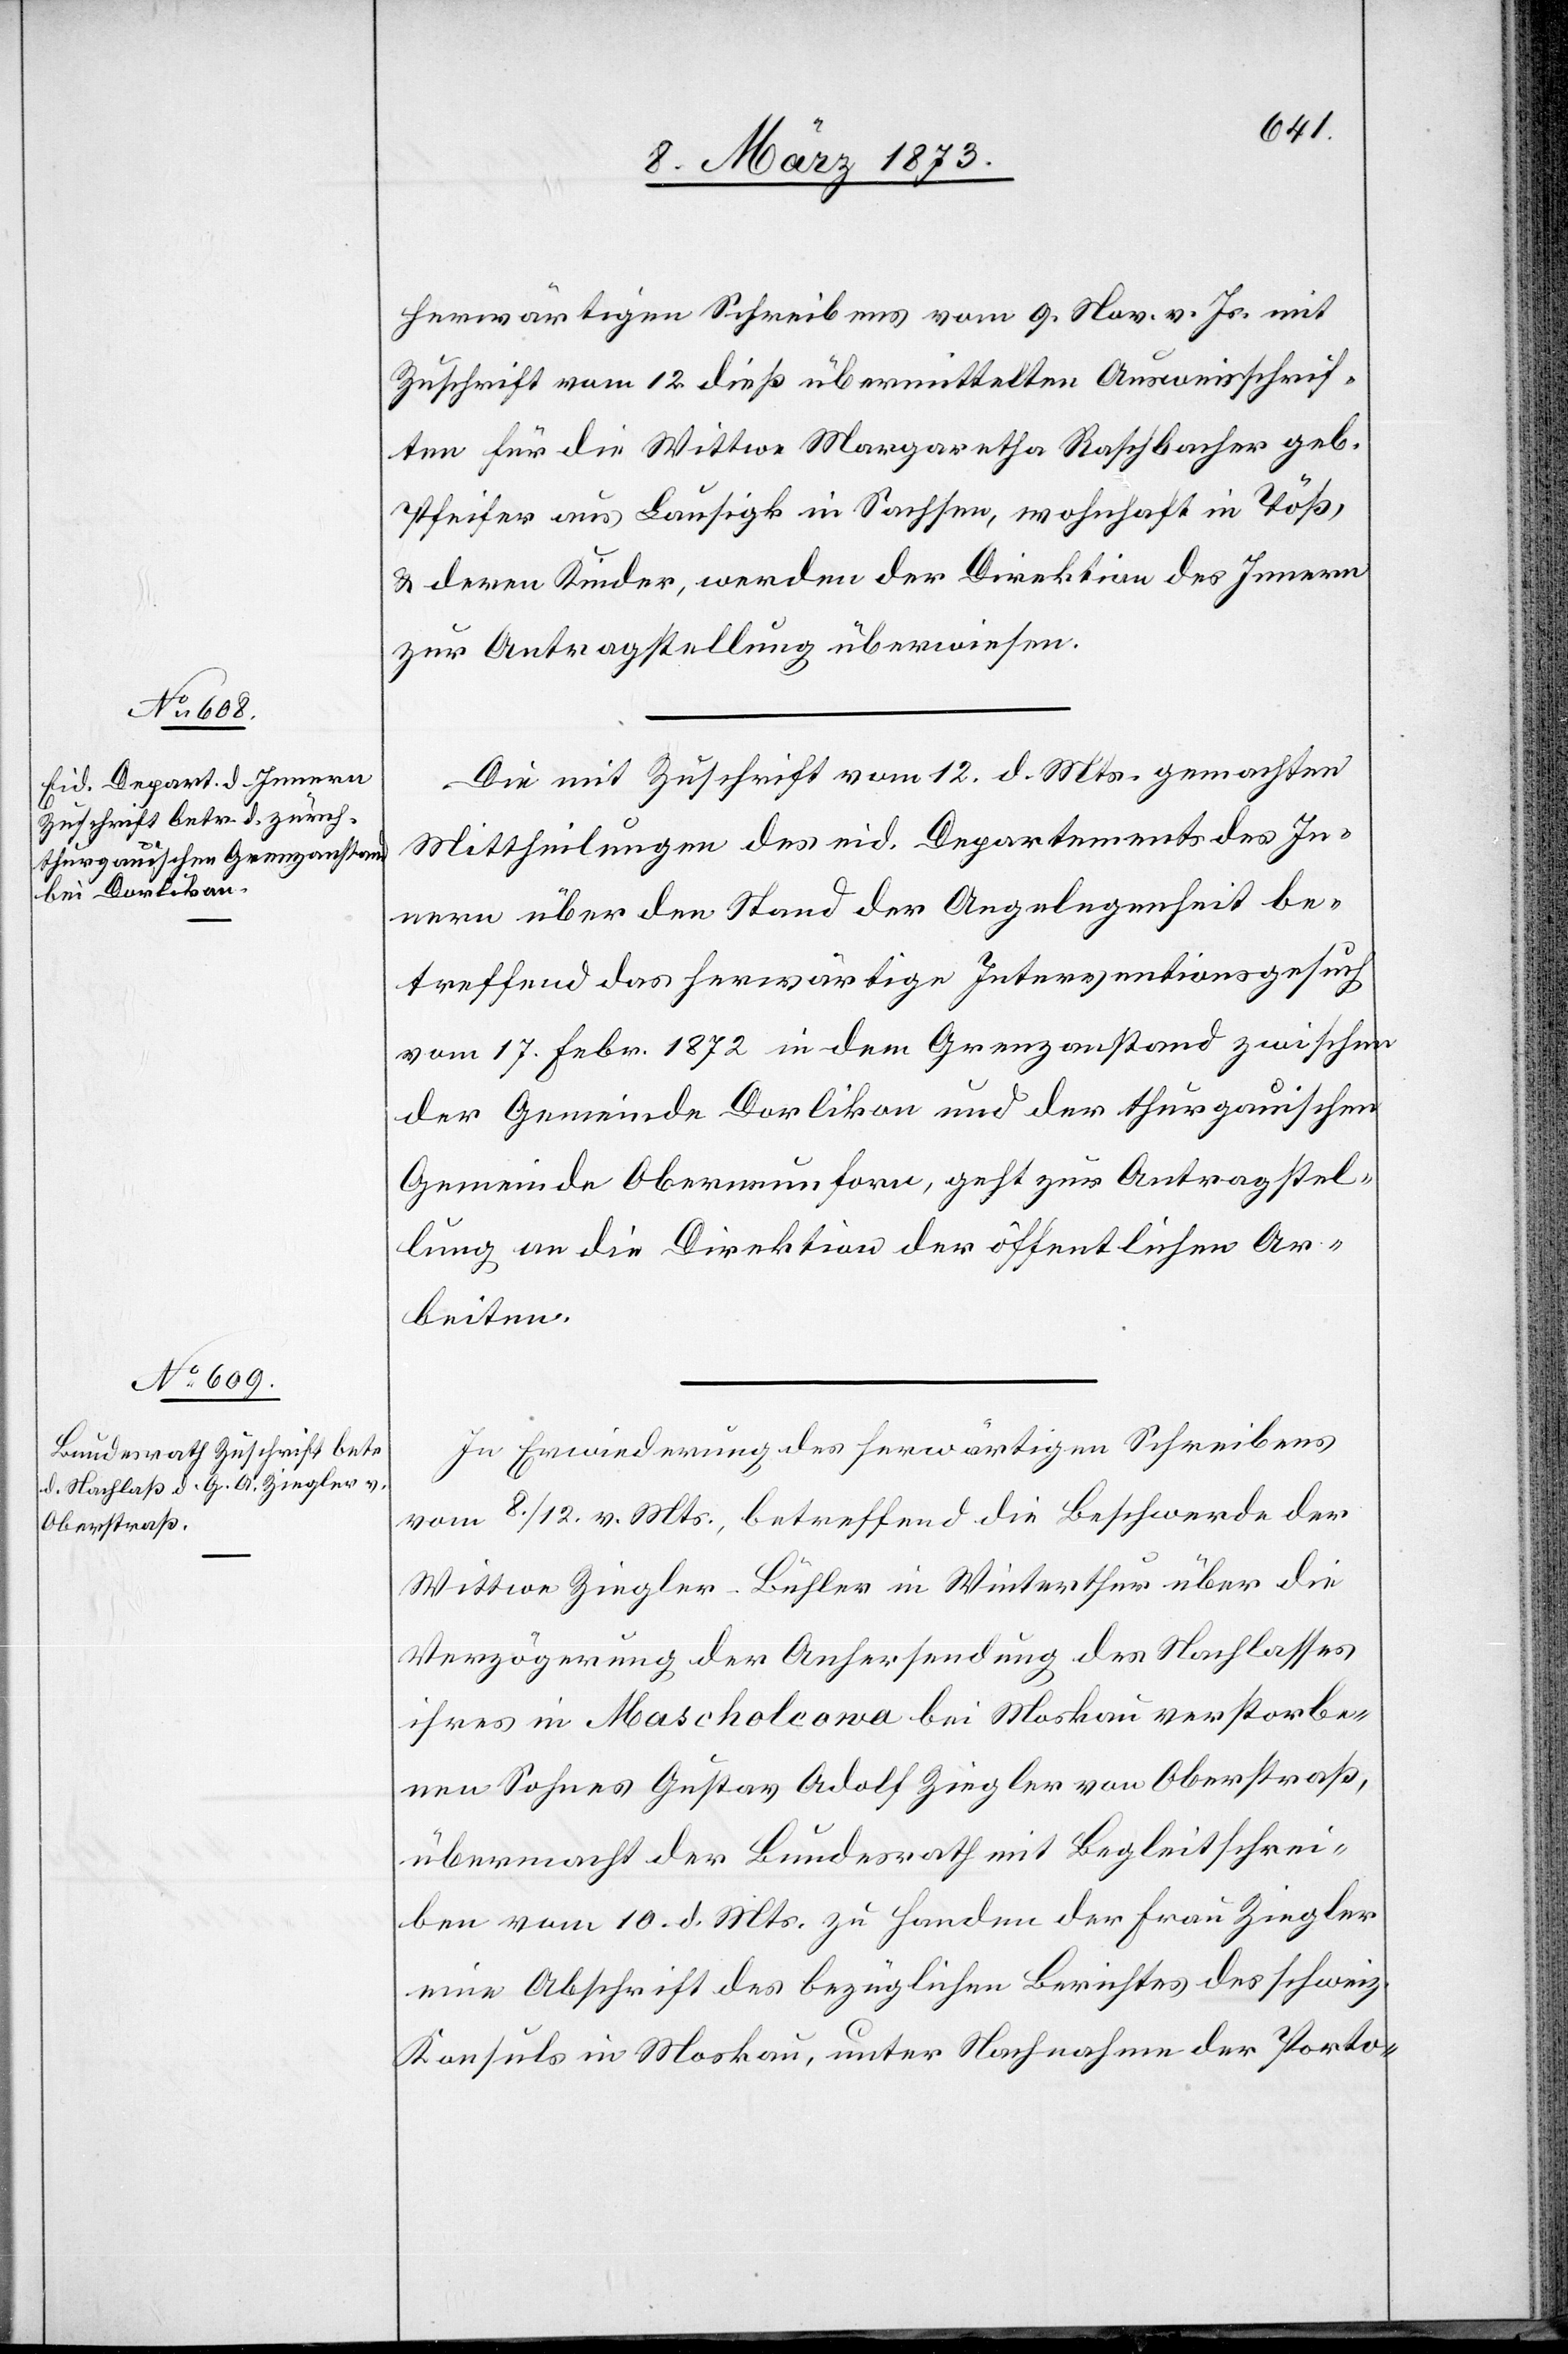
14. März 1873.]
herwärtigen Schreibens vom 9. Nov. v. Js. mit
Zuschrift vom 12. dieß übermittelten Ausweisschrif¬
ten für die Wittwe Margaretha Raschbacher geb.
Pfeifer aus Lausigk in Sachsen, wohnhaft in Töß,
u. deren Kinder, werden der Direktion des Innern
zur Antragstellung überwiesen.
Die mit Zuschrift vom 12. d. Mts. gemachten
Mittheilungen des eid. Departements des In¬
nern über den Stand der Angelegenheit be¬
treffend das herwärtige Interventionsgesuch
vom 17. Febr. 1872 in dem Grenzanstand zwischen
der Gemeinde Dorlikon und der thurgauischen
Gemeinde Oberneunforn, geht zur Antragstel¬
lung an die Direktion der öffentlichen Ar¬
beiten.
In Erwiederung des herwärtigen Schreibens
vom 8./12. v. Mts., betreffend die Beschwerde der
Wittwe Ziegler-Bühler in Winterthur über die
Verzögerung der Anhersendung des Nachlasses
ihres in Mascholcowa bei Moskau verstorbe¬
nen Sohnes Gustav Adolf Ziegler von Oberstraß,
übermacht der Bundesrath mit Begleitschrei¬
ben vom 10. d. Mts. zu Handen der Frau Ziegler
eine Abschrift des bezüglichen Berichtes des schweiz.
Konsuls in Moskau, unter Nachnahme der Porto-